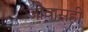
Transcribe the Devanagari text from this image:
जीवासही